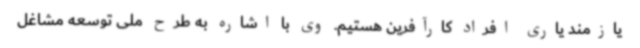
یازمند یاری افراد کارآفرین هستیم. وی با اشاره به طرح ملی توسعه مشاغل